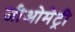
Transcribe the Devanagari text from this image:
जीओमेट्री